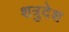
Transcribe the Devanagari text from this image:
शत्रुदेश